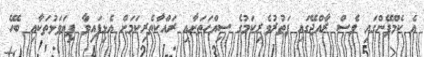
އެ ކެމްޕޭންގައި ވެސް ރާއްޖޭގައި ފަތުރުވެރިކަމުގެ ސިއްހަތަށާއި ރައްކާތެރިކަމަށް އެޅިފައިވާ ފިޔަވަޅުތަކާއި ބެހޭ